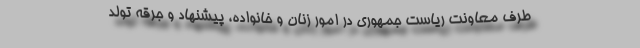
طرف معاونت ریاست جمهوری در امور زنان و خانواده، پیشنهاد و جرقه تولد